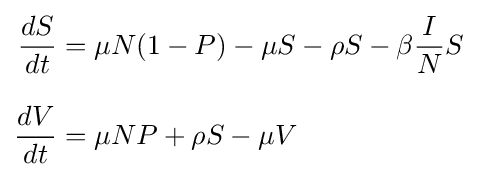
{\begin{aligned}{\frac {dS}{dt}}&=\mu N(1-P)-\mu S-\rho S-\beta {\frac {I}{N}}S\\[8pt]{\frac {dV}{dt}}&=\mu NP+\rho S-\mu V\end{aligned}}